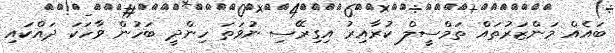
ބައެއް މަންޒަރުތައް ތަމްސީލް ކުރާއިރު އިގިރޭސި ނުވަތަ ހިންދީ ބަހުން ވާހަކަ ދައްކައި